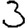
Digit: 3